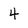
Character: 4